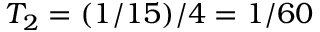
T _ { 2 } = ( 1 / 1 5 ) / 4 = 1 / 6 0